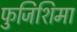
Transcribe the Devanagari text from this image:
फुजिशिमा